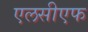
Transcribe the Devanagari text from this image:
एलसीएफ